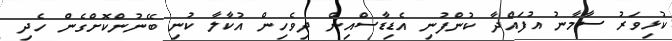
ކުޅިވަރު ސާމާނު އުފައްދާ ކުންފުނި އެޑިޑާސްއިން ދިވެހިން އުކާލާ ކުނި ބޭނުންކޮށްގެން ހެދި